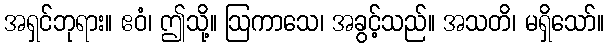
အရှင်ဘုရား။ ဧဝံ၊ ဤသို့။ ဩကာသေ၊ အခွင့်သည်။ အသတိ၊ မရှိသော်။